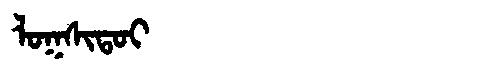
Manchu: ᠯᠣᡴᠰᡳᡨᠣᡳ
Romanization: LOKSITOI